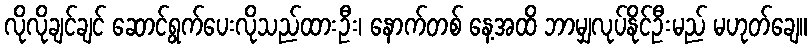
လိုလိုချင်ချင် ဆောင်ရွက်ပေးလိုသည်ထားဦး၊ နောက်တစ် နေ့အထိ ဘာမျှလုပ်နိုင်ဦးမည် မဟုတ်ချေ။